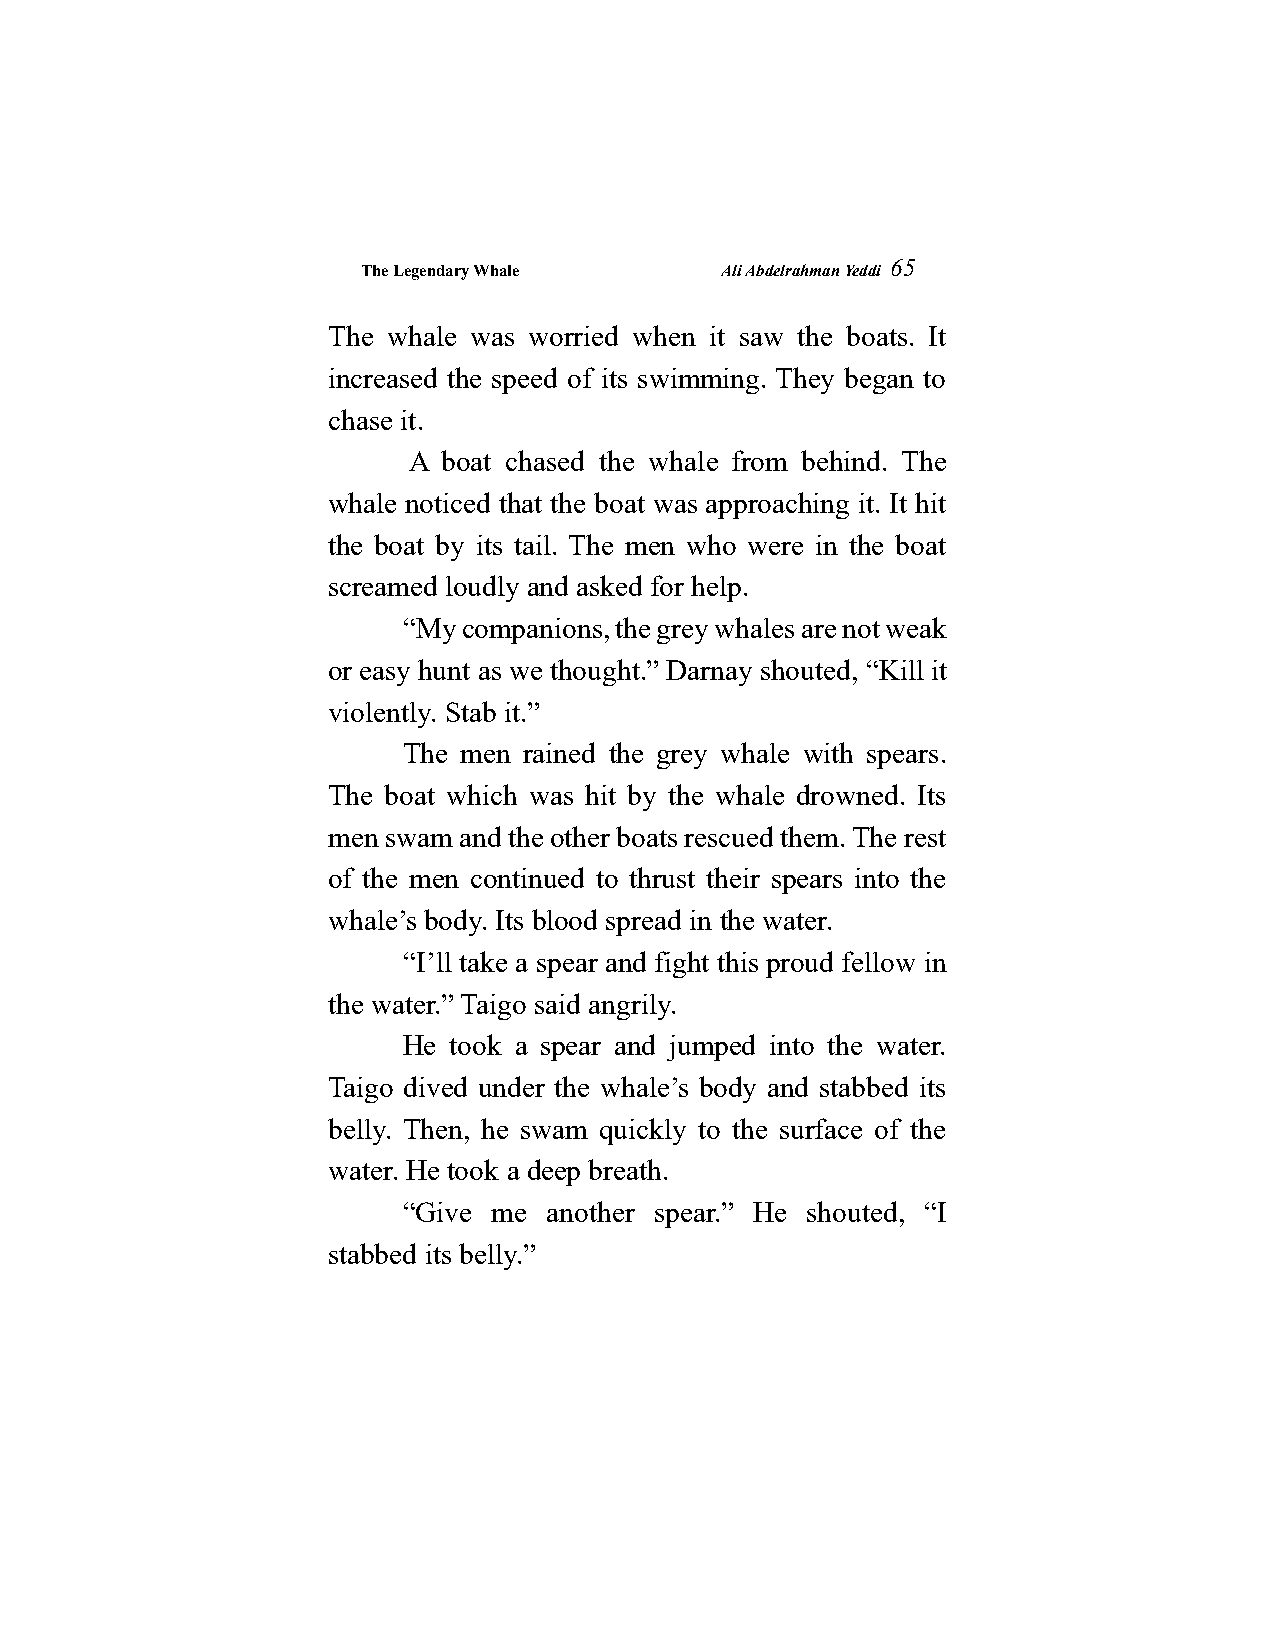
The Legendary Whale     Ali Abdelrahman Yeddi
 65
 The whale was worried when it saw the boats. It
 increased the speed of its swimming. They began to
 chase it.
 A boat chased the whale from behind. The
 whale noticed that the boat was approaching it. It hit
 the boat by its tail. The men who were in the boat
 screamed loudly and asked for help.
 “My companions, the grey whales are not weak
 or easy hunt as we thought.” Darnay shouted, “Kill it
 violently. Stab it.”
 The men rained the grey whale with spears.
 The boat which was hit by the whale drowned. Its
 men swam and the other boats rescued them. The rest
 of the men continued to thrust their spears into the
 whale’s body. Its blood spread in the water.
 “I’ll take a spear and fight this proud fellow in
 the water.” Taigo said angrily.
 He took a spear and jumped into the water.
 Taigo dived under the whale’s body and stabbed its
 belly. Then, he swam quickly to the surface of the
 water. He took a deep breath.
 “Give me another spear.” He shouted, “I
 stabbed its belly.”